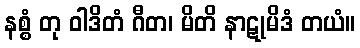
နစ္စံ တု ဝါဒိတံ ဂီတ၊ မိတိ နာဋုမိဒံ တယံ။